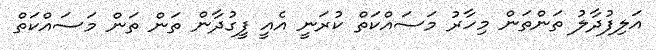
އަލިފުދާލު ތަންތަން މިހާރު މަސައްކަތް ކުރަނީ އެއީ ފީގުދާން ތަން ތަން މަސައްކަތް